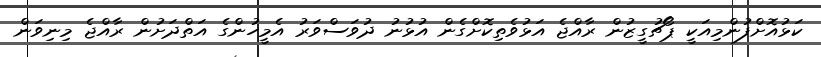
ކަޅުއޮށްފުންމިއަކީ ޕޯޗުގީޒުން ރާއްޖެ އަޅުވެތިކޮށްގެން އުޅުނު ދުވަސްވަރު އެމީހުންގެ އަތްދަށުން ރާއްޖެ މިނިވަން